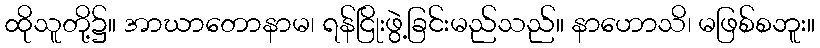
ထိုသူတို့၌။ အာဃာတောနာမ၊ ရန်ငြိုးဖွဲ့ခြင်းမည်သည်။ နာဟောသိ၊ မဖြစ်စဘူး။